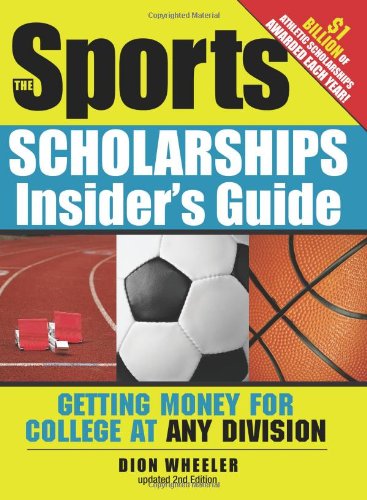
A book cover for The Sports Scholarships Insider's Guide: Getting Money for College at Any Division; Dion Wheeler; Education & Teaching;